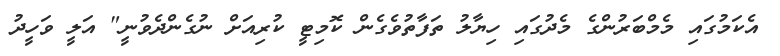
އެކަމުގައި މެމްބަރުންގެ މެދުގައި ހިޔާލު ތަފާތުވެގެން ކޮމިޓީ ކުރިއަށް ނުގެންދެވުނީ" އަލީ ވަހީދު